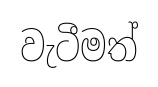
වැටීමත්